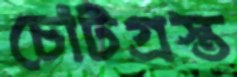
চোটগ্রস্ত